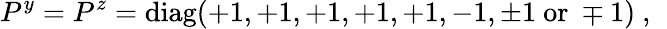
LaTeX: P^{y}=P^{z}=\mathrm{diag}(+1,+1,+1,+1,+1,-1,\pm 1~\mathrm{or}~\mp 1)~,~\,